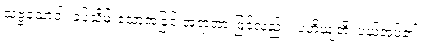
သဗ္ဗသောဝါ၊ ခပ်သိမ်းသောအခြင်းအရာအားဖြင့်လည်း။ ပဟိယျတိ၊ ပယ်အပ်၏။